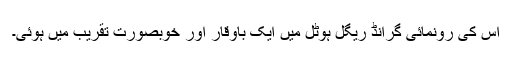
اس کی رونمائی گرانڈ ریگل ہوٹل میں ایک باوقار اور خوبصورت تقریب میں ہوئی۔